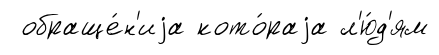
обраще́н'иjа кото́раjа л'ю́д'ям